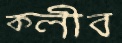
ক্লীব